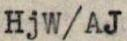
HjW/AJ